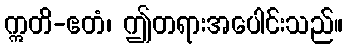
ဣတိ-ဧတံ၊ ဤတရားအပေါင်းသည်။